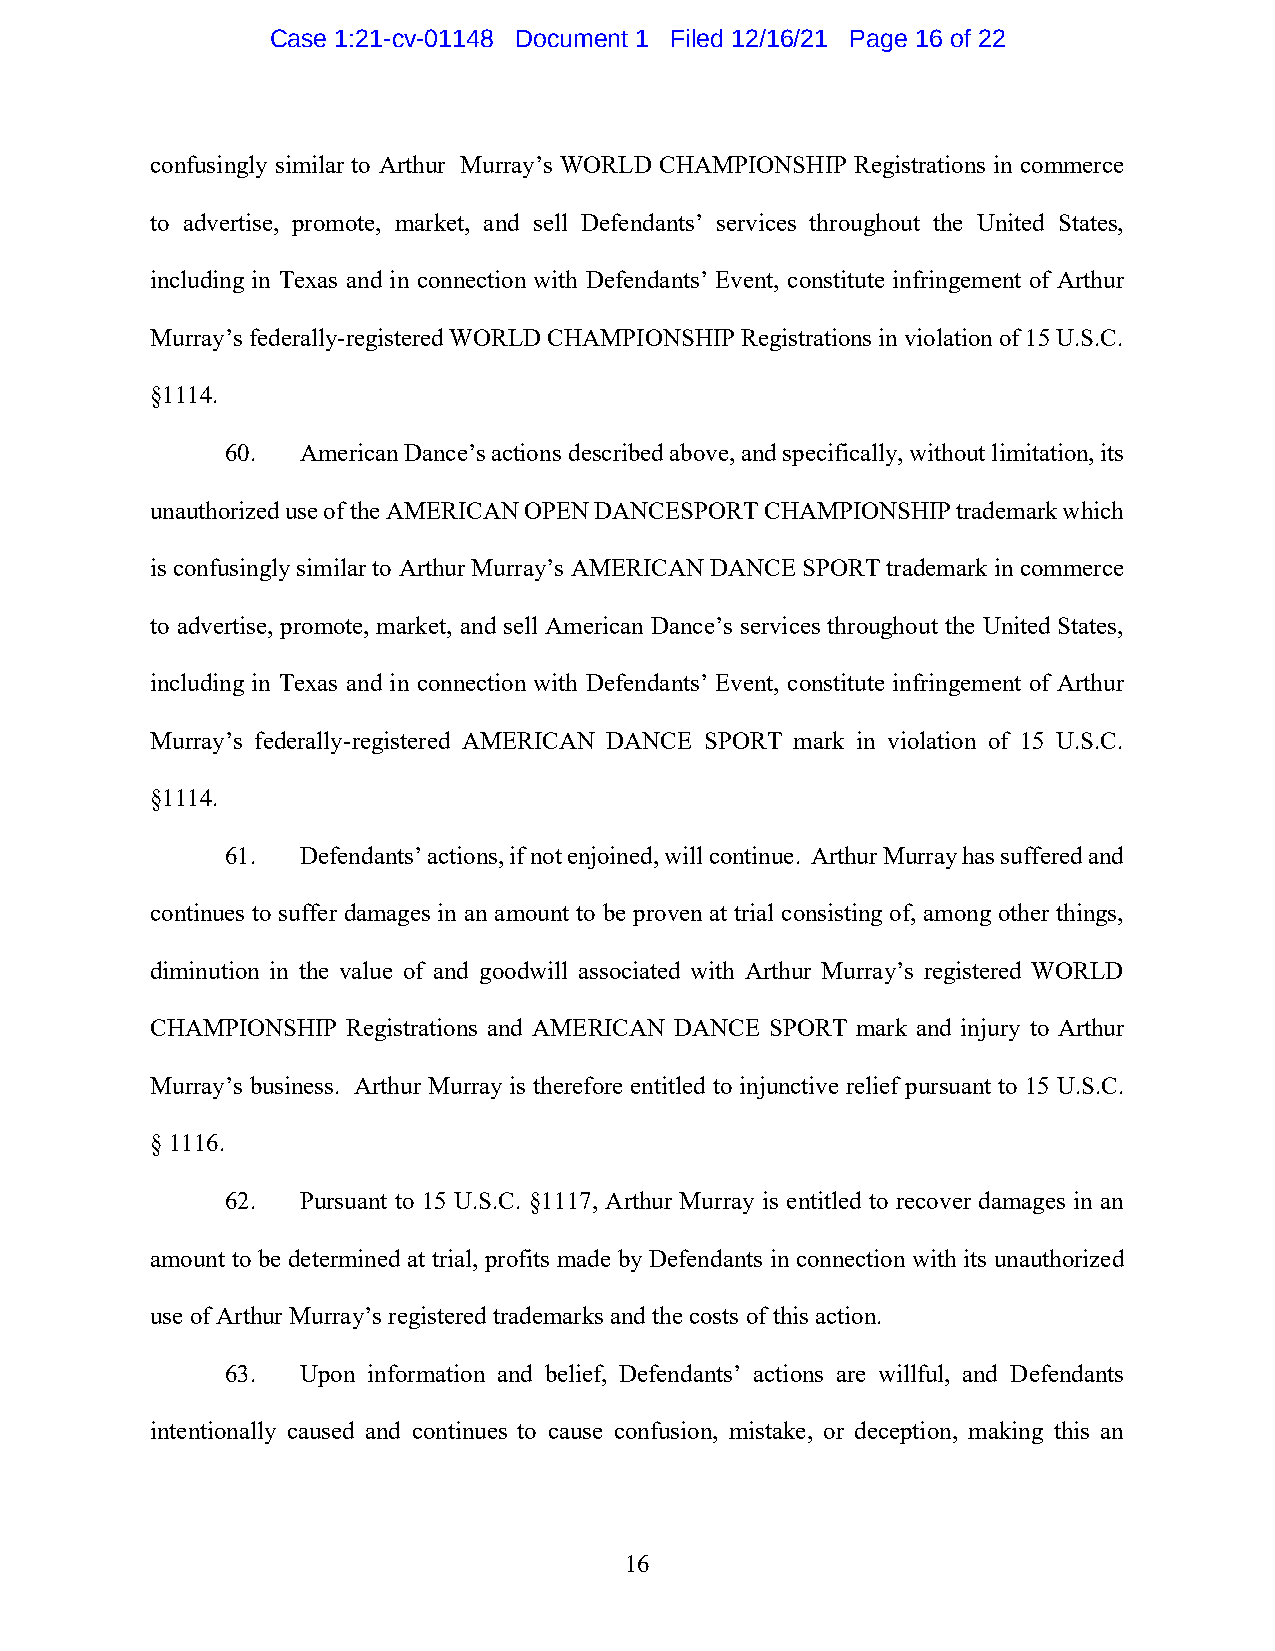
Case 1:21-cv-01148 Document 1 Filed 12/16/21 Page 16 of 22
 confusingly similar to Arthur Murray’s WORLD CHAMPIONSHIP Registrations in commerce
 to advertise, promote, market, and sell Defendants’ services throughout the United States,
 including in Texas and in connection with Defendants’ Event, constitute infringement of Arthur
 Murray’s federally-registered WORLD CHAMPIONSHIP Registrations in violation of 15 U.S.C.
 §1114.
 60.  American Dance’s actions described above, and specifically, without limitation, its
 unauthorized use of the AMERICAN OPEN DANCESPORT CHAMPIONSHIP trademark which
 is confusingly similar to Arthur Murray’s AMERICAN DANCE SPORT trademark in commerce
 to advertise, promote, market, and sell American Dance’s services throughout the United States,
 including in Texas and in connection with Defendants’ Event, constitute infringement of Arthur
 Murray’s federally-registered AMERICAN DANCE SPORT mark in violation of 15 U.S.C.
 §1114.
 61.  Defendants’ actions, if not enjoined, will continue. Arthur Murray has suffered and
 continues to suffer damages in an amount to be proven at trial consisting of, among other things,
 diminution in the value of and goodwill associated with Arthur Murray’s registered WORLD
 CHAMPIONSHIP Registrations and AMERICAN DANCE SPORT mark and injury to Arthur
 Murray’s business. Arthur Murray is therefore entitled to injunctive relief pursuant to 15 U.S.C.
 § 1116.
 62.  Pursuant to 15 U.S.C. §1117, Arthur Murray is entitled to recover damages in an
 amount to be determined at trial, profits made by Defendants in connection with its unauthorized
 use of Arthur Murray’s registered trademarks and the costs of this action.
 63.  Upon information and belief, Defendants’ actions are willful, and Defendants
 intentionally caused and continues to cause confusion, mistake, or deception, making this an
 16